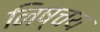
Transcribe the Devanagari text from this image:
निष्चय